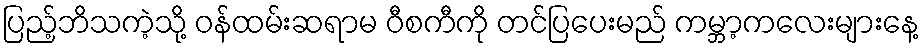
ပြည့်ဘိသကဲ့သို့ ဝန်ထမ်းဆရာမ ဝီစကီကို တင်ပြပေးမည် ကမ္ဘာ့ကလေးများနေ့